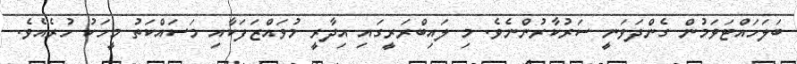
ބަލަހައްޓަވަމުން ގެންދަވަނީ ސަރުކާރުންނެވެ. މި ލައިބްރަރީގައި އިދާރީ މުވައްޒަފަކާއި މަސައްކަތު މީހަކު ހުރެއެވެ.